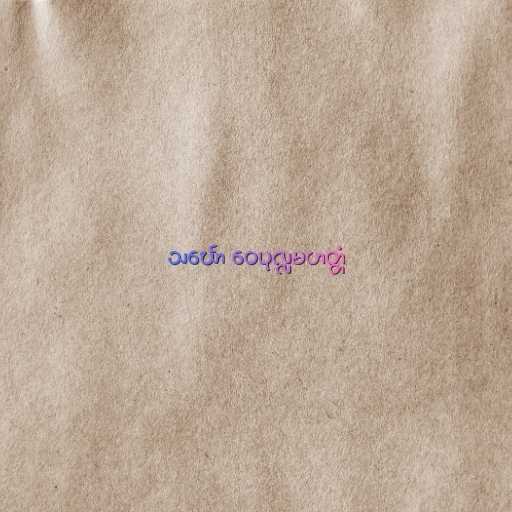
သင်္ဃော ဝေပုလ္လမဟတ္တံ